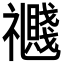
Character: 𥜤